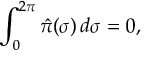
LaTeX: \int _ { 0 } ^ { 2 \pi } \hat { \pi } ( \sigma ) \, d \sigma = 0 ,